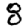
Digit: 8